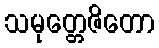
သမုတ္တေဇိတော